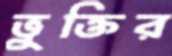
ভুক্তির